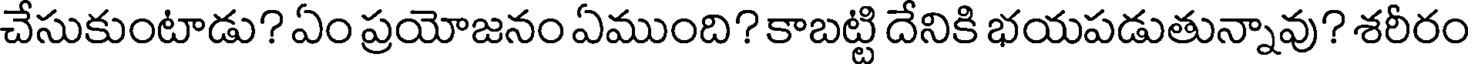
చేసుకుంటాడు? ఏం ప్రయోజనం ఏముంది? కాబట్టి దేనికి భయపడుతున్నావు? శరీరం